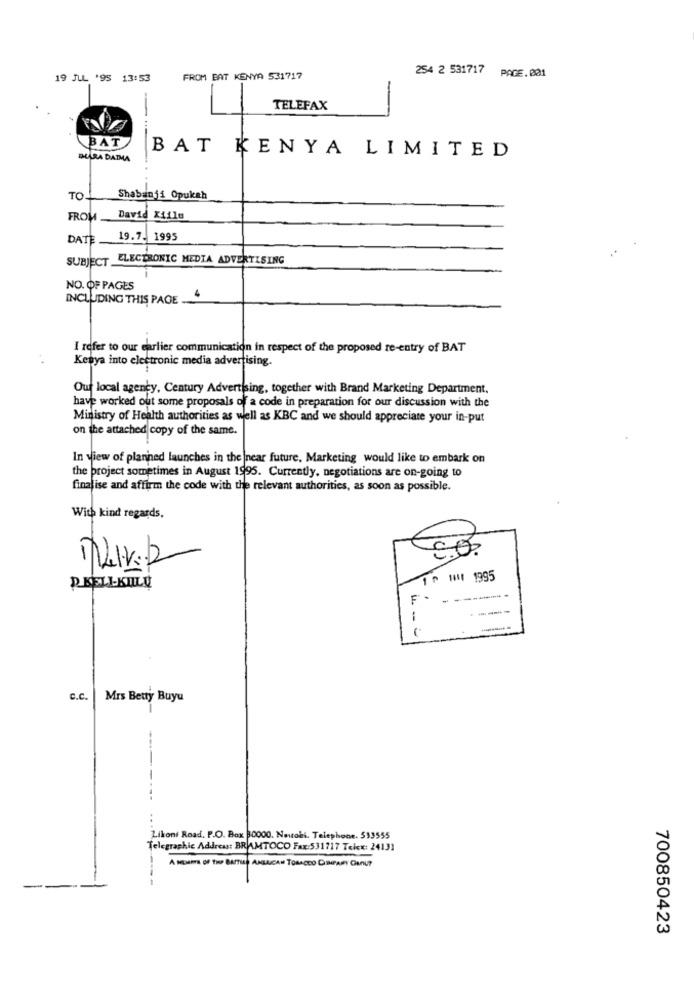
19 JUL '95 13:53
FROM BAT KENYA 531717
254 2 531717 PAGE.001
TELEFAX
BAT
BAT KENYA LIMITED
BURA DAIMA
TO
Shabanji Opukah
FROM
David Xiilu
DATE
19.7. 1995
SUBJECT ELECTRONIC MEDIA ADVERTISING
NO. OF PAGES
INCLUDING THIS PAGE
I refer to our earlier communication in respect of the proposed re-entry of BAT
Kenya into electronic media advertising.
Our local agency, Century Advertising, together with Brand Marketing Department.
have worked out some proposals of a code in preparation for our discussion with the
Ministry of Health authorities as well as KBC and we should appreciate your in-put
on the attached copy of the same.
In view of planned launches in the near future, Marketing would like to embark on
the project sometimes in August 1995. Currently, negotiations are on-going to
finalise and affirm the code with the relevant authorities, as soon as possible.
With kind regards.
S.O.
1 º 11 1995
P KELLKIILy
F -
------
C.C.
Mrs Betty Buyu
Likoni Road. P.O. Box 30000. Nawohl. Telephone. 533555
Telegraphic Address: BRAMTOCO Fax:531717 Telex: 24131
A MEMETS OF THE BATTLE ANLUICAN TOBACCO CINPARY CanU?
700850423